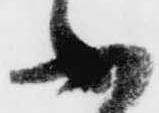
ふ